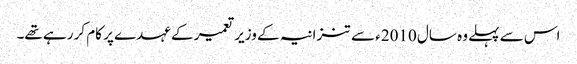
اس سے پہلے وہ سال 2010ء سے تنزانیہ کے وزیر تعمیر کے عہدے پر کام کر رہے تھے۔